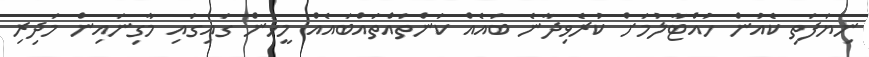
ނިޔަފަތި ކެއުން ހުއްޓާލުމަށް ކުރެވިދާނެ ބައެއް ކަންތައްތައްބައެއް މީހުން ގައިގައި މާގިނައިން މަދިރި